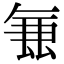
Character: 𭆢